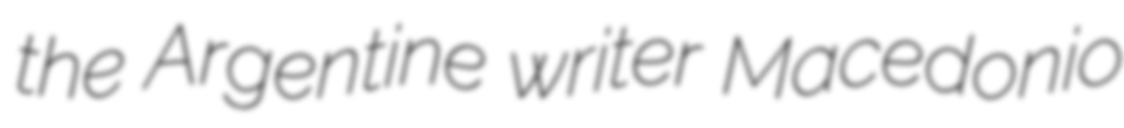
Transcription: the Argentine writer Macedonio